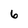
Character: 6